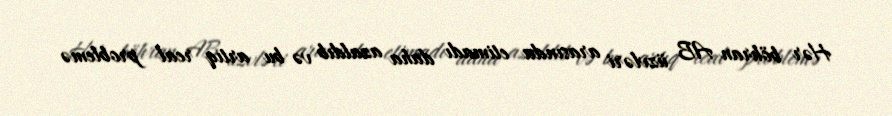
Hər böhran AB üzvləri arasında etimadı daha azaldıb və bu artıq real problemə